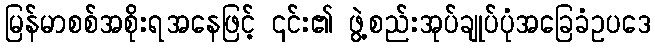
မြန်မာစစ်အစိုးရအနေဖြင့် ၎င်း၏ ဖွဲ့စည်းအုပ်ချုပ်ပုံအခြေခံဥပဒေ